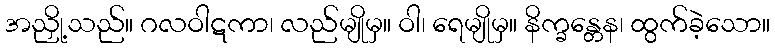
အညှို့သည်။ ဂလဝါဋကာ၊ လည်မျိုမှ။ ဝါ၊ ရေမျိုမှ။ နိက္ခန္တေန၊ ထွက်ခဲ့သော။